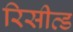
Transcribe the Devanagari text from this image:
रिसीव्ड